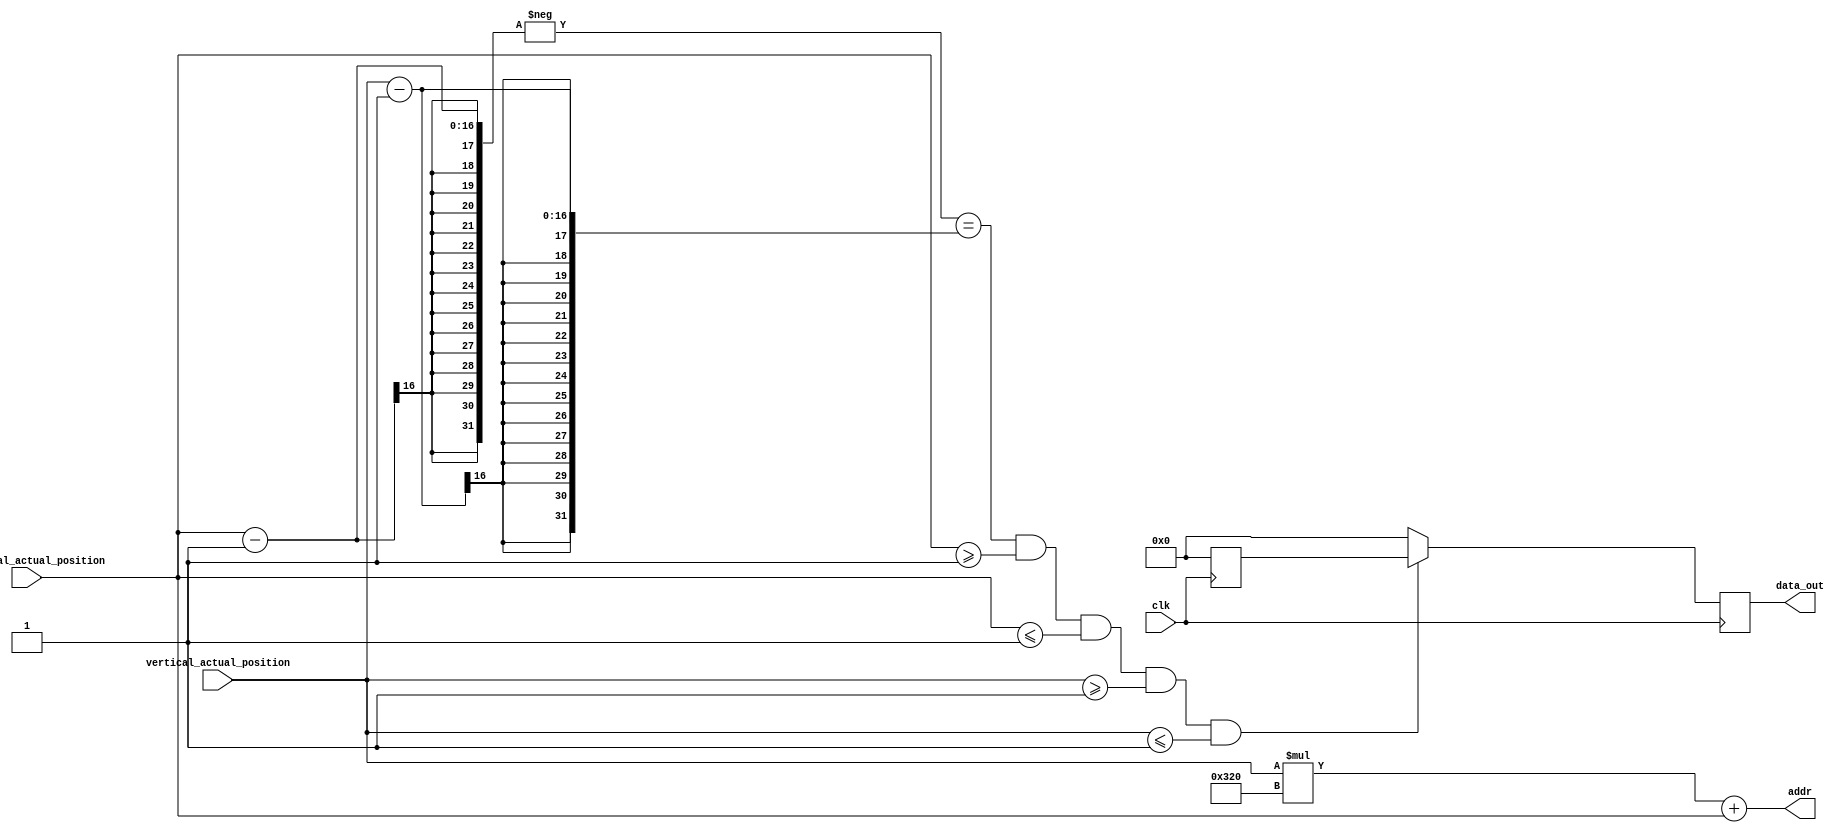
`timescale 1ns / 1ps


module Draw_FSM_Right_Diagonal # 
    
    (
        parameter horizontal_start_limit = 1,
        parameter vertical_start_limit = 1,
        parameter horizontal_end_limit = 1,
        parameter vertical_end_limit = 1, 
        parameter color = 0, 
        parameter width = 1
        
    )
    
    (
        input clk,
        input [15:0] horizontal_actual_position,
        input [15:0] vertical_actual_position,
        
        output [18:0] addr, 
        output reg [11:0] data_out

    );
    
        reg [11:0] data; 
        
    
    // CASE FOR COLOR CHOICE
    
    always @(posedge clk)
        begin
            case(color)
                
                0: data = 12'b000000000000;  // black
                1: data = 12'b111100000000;  // red 
                2: data = 12'b000011110000;  // green
                3: data = 12'b000000001111;  // blue
                4: data = 12'b111111111111;  // white
                            
            endcase    
        end    
        
    /*  Fa instante de module pentru desen doar cu pixeli care se afiseaza pe ecran
     Adica: 
        Primul pixel din coltul stanga sus de pe ecran va fi cu coord: Horizontal: 144 Vertical: 35
        Ultimul pixel din coltul dreapta sus va avea coord: Horizontal: 783 Vertical: 35
        Primul pixel din coltul stanga jos va avea coord: Horizontal: 144 Vertical: 514
        Ultimul pixel din coltul dreapta jos va avea coord: Horizontal: 783 Vertical: 514 */       
    
  

    // CONDITION FOR DRAW
    always @(posedge clk) 
        begin
            
            if(( -(horizontal_actual_position - horizontal_end_limit) == (vertical_actual_position - vertical_start_limit)) &&
                horizontal_actual_position   >=  horizontal_start_limit && 
                horizontal_actual_position  <=  horizontal_end_limit && 
                vertical_actual_position  >= vertical_start_limit && 
                vertical_actual_position  <= vertical_end_limit  )
            
                data_out <= data;
                                               
                        
            else 
                data_out <= 12'b000000000000;
                
        end      
          
   
   // ADDRESS CALCULATION     
    
      assign addr = (vertical_actual_position * 800) + horizontal_actual_position;     
    
    
endmodule